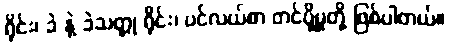
ရိုင်း၊ ခဲ နဲ့ ခဲသတ္တု ရိုင်း၊ ပင်လယ်စာ တင်ပို့မှုတို့ ဖြစ်ပါတယ်။